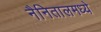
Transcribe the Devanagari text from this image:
नैनितालमध्ये